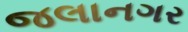
જલાનગર